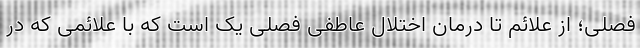
فصلی؛ از علائم تا درمان اختلال عاطفی فصلی یک است که با علائمی که در